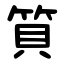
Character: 筫